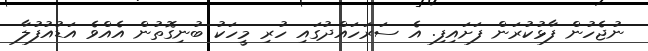
ނުޖެހުން ފާޅުކުރަން ފަށައިފި. އެ ސަރަހައްދުގައި ހުރި މީހަކު ބުނިގޮތުން އެއްވެ އަޑުއުފުލާ